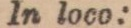
In loco: